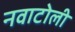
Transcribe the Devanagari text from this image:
नवाटोली